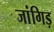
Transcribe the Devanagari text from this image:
जांगिड़